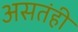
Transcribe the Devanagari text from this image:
असतंही